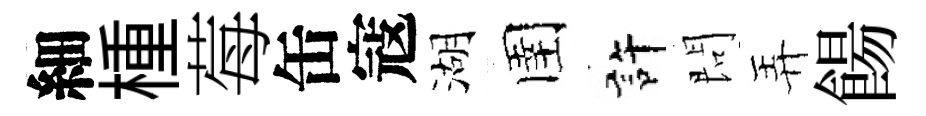
細㮔莓缶寇湖圉許問弄餳